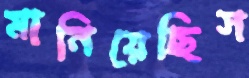
মানিয়েছিস